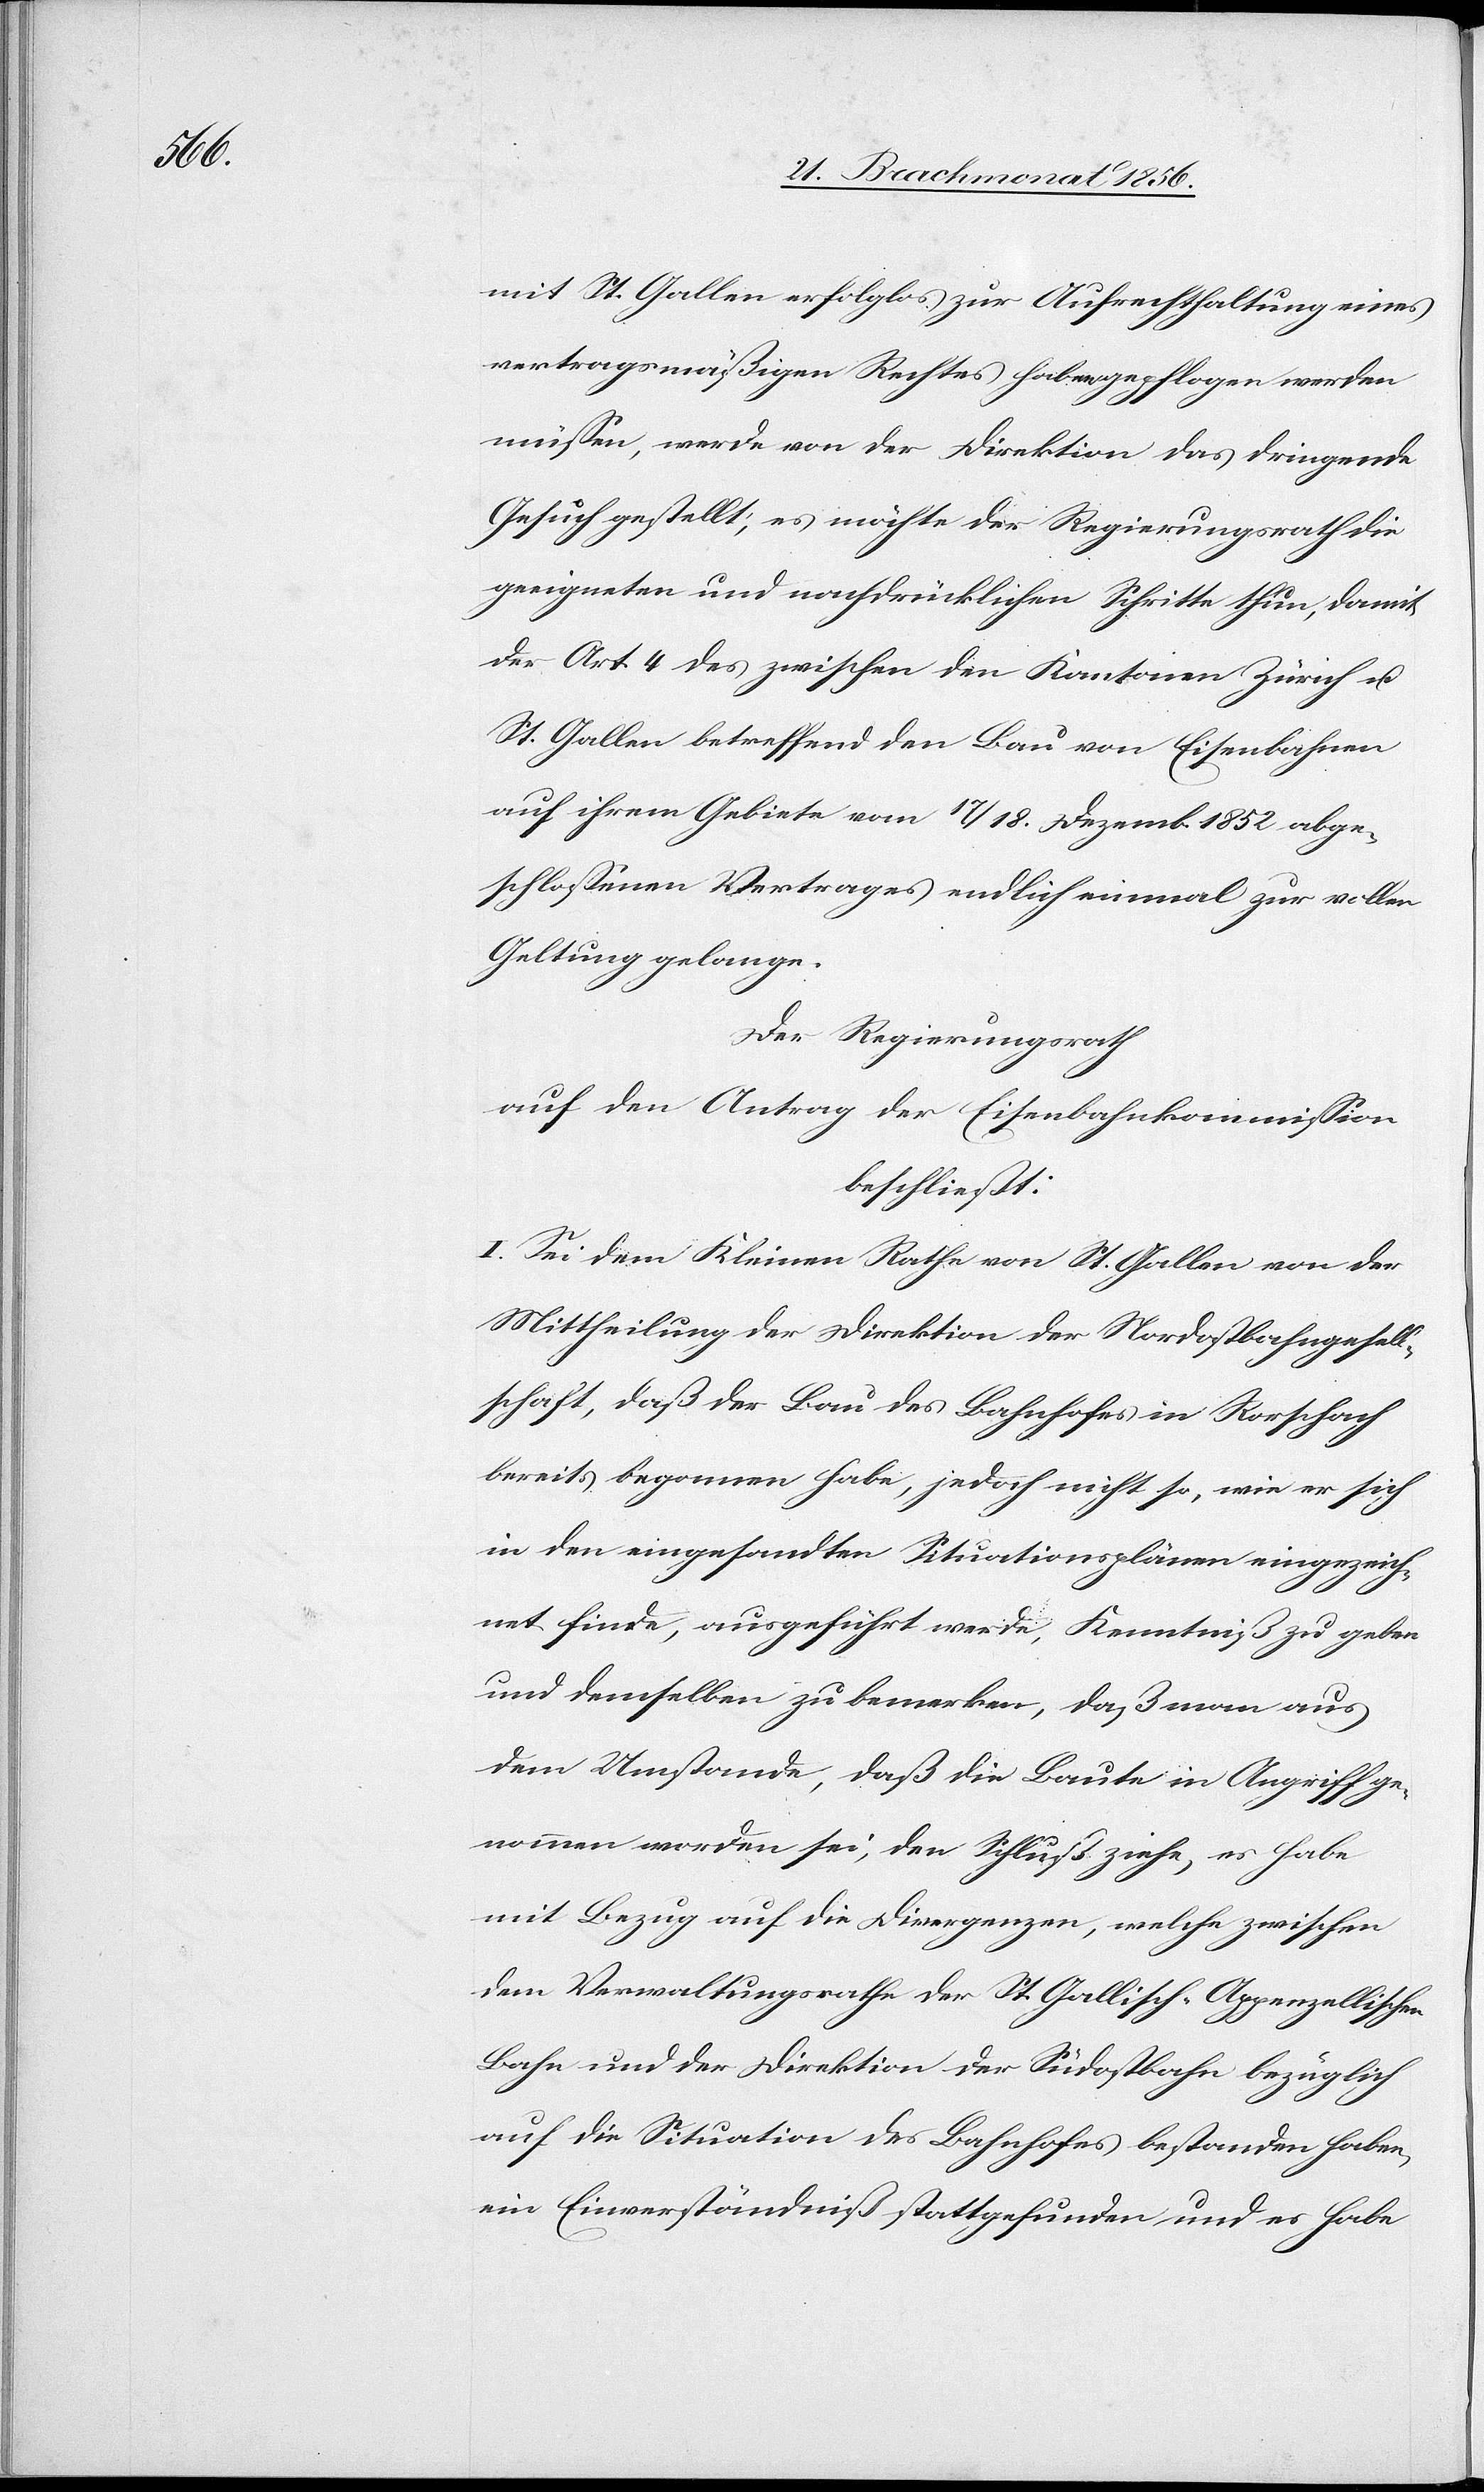
mit St. Gallen erfolglos zur Aufrechthaltung eines
vertragsmäßigen Rechtes haben gepflogen werden
müssen, werde von der Direktion das dringende
Gesuch gestellt, es möchte der Regierungsrath die
geeigneten und nachdrücklichen Schritte thun, damit
der Art. 4 des zwischen den Kantonen Zürich u.
St. Gallen betreffend den Bau von Eisenbahnen
auf ihrem Gebiete vom 17./18. Dezemb. 1852 abge¬
schlossenen Vertrages endlich einmal zur vollen
Geltung gelange.
Der Regierungsrath
auf den Antrag der Eisenbahnkommission
beschließt:
I. Sei dem Kleinen Rathe von St. Gallen von der
Mittheilung der Direktion der Nordostbahngesell¬
schaft, daß der Bau des Bahnhofes in Rorschach
bereits begonnen habe, jedoch nicht so, wie er sich
in den eingesandten Situationsplänen eingezeich¬
net finde, ausgeführt werde, Kenntniß zu geben
und demselben zu bemerken, daß man aus
dem Umstande, daß die Baute in Angriff ge¬
nommen worden sei, den Schluß ziehe, es habe
mit Bezug auf die Divergenzen, welche zwischen
dem Verwaltungsrathe der St. Gallisch-Appenzellischen
Bahn und der Direktion der Südostbahn bezüglich
auf die Situation des Bahnhofes bestanden haben,
ein Einverständniß stattgefunden und es habe